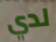
لدي